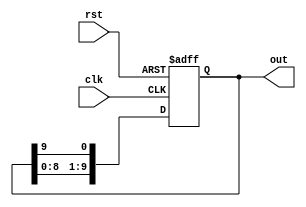
module DecadeRingCounter (
    input wire clk,       // Clock input
    input wire rst,       // Asynchronous reset input
    output reg [9:0] out  // 10-bit output representing the state
);

    // State transition logic
    always @(posedge clk or posedge rst) begin
        if (rst) begin
            out <= 10'b0000000001; // Reset to state 0
        end else begin
            // Shift the '1' to the left and wrap around
            out <= {out[8:0], out[9]};
        end
    end

endmodule